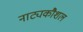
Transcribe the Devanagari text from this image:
नाट्यकौशल